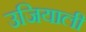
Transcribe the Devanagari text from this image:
उजियाली